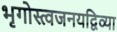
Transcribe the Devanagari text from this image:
भृगोस्त्वजनयद्विव्या